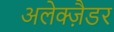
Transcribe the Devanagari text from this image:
अलेक्ज़ैडर